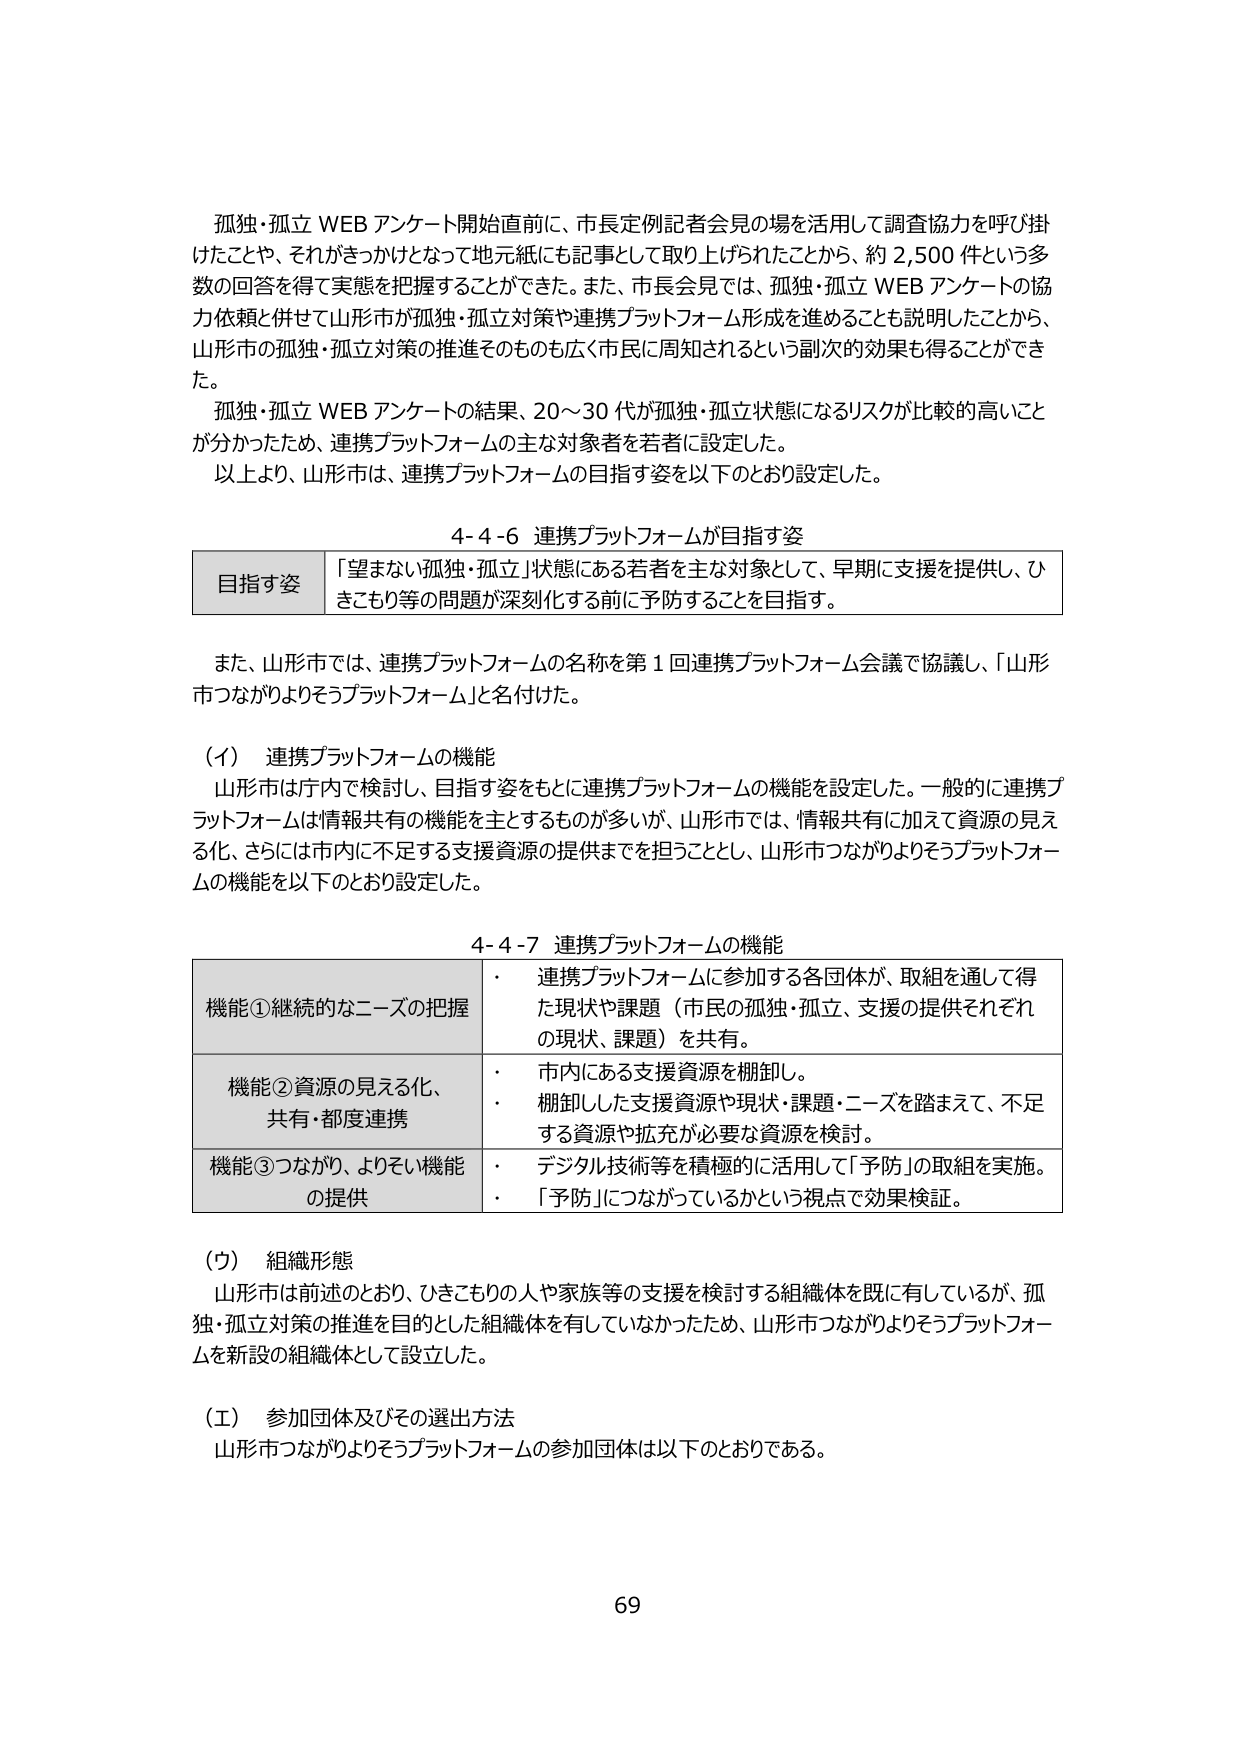
孤独・孤立 WEB アンケート開始直前に、市長定例記者会見の場を活用して調査協力を呼び掛けたことや、それがきっかけとなって地元紙にも記事として取り上げられたことから、約 2,500 件という多数の回答を得て実態を把握することができた。また、市長会見では、孤独・孤立 WEB アンケートの協力依頼と併せて山形市が孤独・孤立対策や連携プラットフォーム形成を進めることも説明したことから、山形市の孤独・孤立対策の推進そのものも広く市民に周知されるという副次的効果も得ることができた。

孤独・孤立 WEB アンケートの結果、20～30 代が孤独・孤立状態になるリスクが比較的高いことが分かったため、連携プラットフォームの主な対象者を若者に設定した。

以上より、山形市は、連携プラットフォームの目指す姿を以下のとおり設定した。

4-4-6 連携プラットフォームが目指す姿

目指す姿 「望まない孤独・孤立」状態にある若者を主な対象として、早期に支援を提供し、ひきこもり等の問題が深刻化する前に予防することを目指す。

また、山形市では、連携プラットフォームの名称を第 1 回連携プラットフォーム会議で協議し、「山形市つながりよろずプラットフォーム」と名付けた。

（イ） 連携プラットフォームの機能

山形市は庁内で検討し、目指す姿をもとに連携プラットフォームの機能を設定した。一般的に連携プラットフォームは情報共有の機能を主とするものが多いが、山形市では、情報共有に加えて資源の見える化、さらには市内に不足する支援資源の提供までを担うこととし、山形市つながりよろずプラットフォームの機能を以下のとおり設定した。

4-4-7 連携プラットフォームの機能

機能①継続的なニーズの把握
・ 連携プラットフォームに参加する各団体が、取組を通して得た現状や課題（市民の孤独・孤立、支援の提供それぞれの現状、課題）を共有。

機能②資源の見える化、共有・都度連携
・ 市内にある支援資源を棚卸し。
・ 棚卸した支援資源や現状・課題・ニーズを踏まえて、不足する資源や拡充が必要な資源を検討。

機能③つながり、よりそい機能の提供
・ デジタル技術等を積極的に活用して「予防」の取組を実施。
・ 「予防」につながっているかという視点で効果検証。

（ウ） 組織形態

山形市は前述のとおり、ひきこもりの人や家族等の支援を検討する組織体を既に有しているが、孤独・孤立対策の推進を目的とした組織体を有していなかったため、山形市つながりよろずプラットフォームを新設の組織体として設立した。

（エ） 参加団体及びその選出方法

山形市つながりよろずプラットフォームの参加団体は以下のとおりである。

69